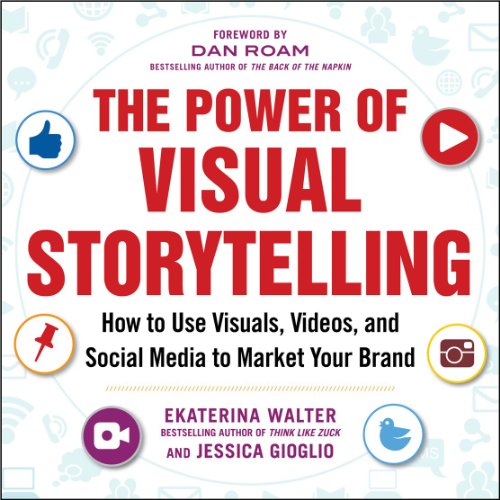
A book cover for The Power of Visual Storytelling: How to Use Visuals, Videos, and Social Media to Market Your Brand; Ekaterina Walter; Computers & Technology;